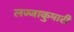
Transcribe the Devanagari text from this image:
लज्जाकुमारी